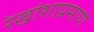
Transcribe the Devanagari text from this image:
रेखांशाप्रमाणे